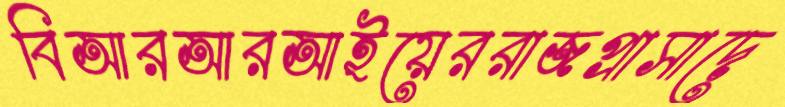
বিআরআরআইয়েররাজপ্রাসাদে